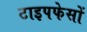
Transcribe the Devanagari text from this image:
टाइपफेसों